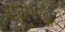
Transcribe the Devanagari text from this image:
बोटोनोव